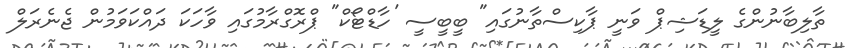
ތާލިބާނުންގެ ލީޑަޝިޕް ވަނީ ޕާކިސްތާނުގައި" ބީބީސީ 'ހާޑްޓޯކް" ޕްރޮގްރާމުގައި ވާހަކަ ދައްކަވަމުން ޖެނެރަލް